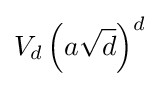
V_{d}\left(a{\sqrt {d}}\right)^{d}